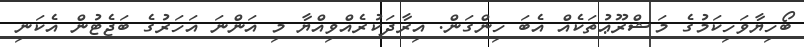
ބޯހިޔާވަހިކަމުގެ މަޝްރޫޢުތަކެއް އެބަ ހިންގަން. އިރާދަކުރެއްވިއްޔާ މި އަންނަ އަހަރުގެ ބަޖެޓުން އެކަނި